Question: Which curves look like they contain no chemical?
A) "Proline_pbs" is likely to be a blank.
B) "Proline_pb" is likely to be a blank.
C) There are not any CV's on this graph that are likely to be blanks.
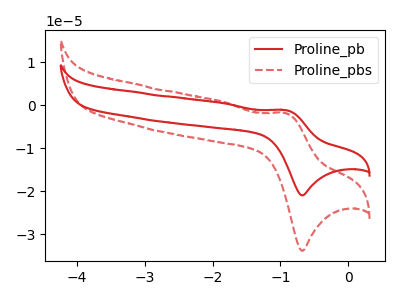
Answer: <think>The red curve "Proline_pb" has an anodic peak at (-0.90V, -1.15uA) and a cathodic peak at (-0.65V, -20.95uA). The red dashed curve "Proline_pbs" has an anodic peak at (-0.90V, -1.80uA) and a cathodic peak at (-0.65V, -33.80uA).</think>
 <answer>C) There are not any CV's on this graph that are likely to be blanks.</answer>
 <eval>C</eval>